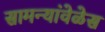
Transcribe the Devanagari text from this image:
सामन्यांवेळेस